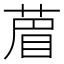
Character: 葿